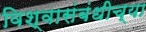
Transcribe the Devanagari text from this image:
विश्वासंबंधीच्या